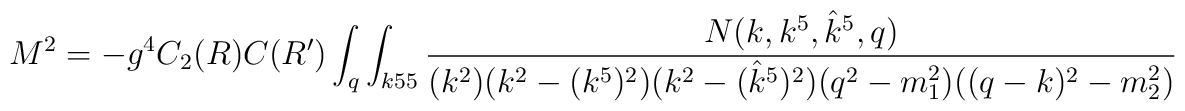
M^2 =  - g^4 C_2(R)  C(R') \int_q \int_{k55}{ N(k,k^5,{\hat k}^5,q)\over  (k^2)(k^2 - (k^5)^2)(k^2 -( {\hat k}^5)^2) (q^2-m_1^2)((q-k)^2-m_2^2)}